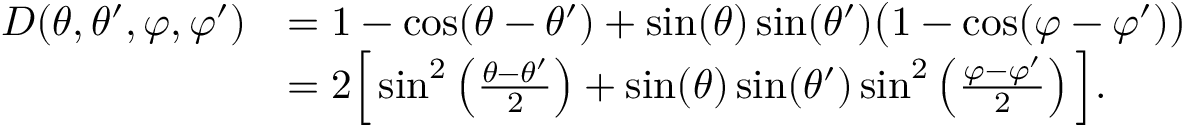
\begin{array} { r l } { D ( \theta , \theta ^ { \prime } , \varphi , \varphi ^ { \prime } ) } & { = 1 - \cos ( \theta - \theta ^ { \prime } ) + \sin ( \theta ) \sin ( \theta ^ { \prime } ) \big ( 1 - \cos ( \varphi - \varphi ^ { \prime } ) \big ) } \\ & { = 2 \Big [ \sin ^ { 2 } \left( \frac { \theta - \theta ^ { \prime } } { 2 } \right) + \sin ( \theta ) \sin ( \theta ^ { \prime } ) \sin ^ { 2 } \left( \frac { \varphi - \varphi ^ { \prime } } { 2 } \right) \Big ] . } \end{array}